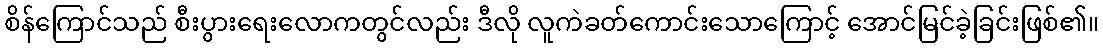
စိန်ကြောင်သည် စီးပွားရေးလောကတွင်လည်း ဒီလို လူကဲခတ်ကောင်းသောကြောင့် အောင်မြင်ခဲ့ခြင်းဖြစ်၏။